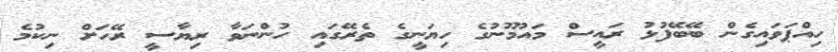
ހިއްޕަވައިގެން ބޭބޭފުޅު ރައީސް މައުމޫނުގެ ހިޔަނީގެ ތެރޭގައި ހުންނަވާ ރިޔާސީ ރޭހަށް ނިކުމެ